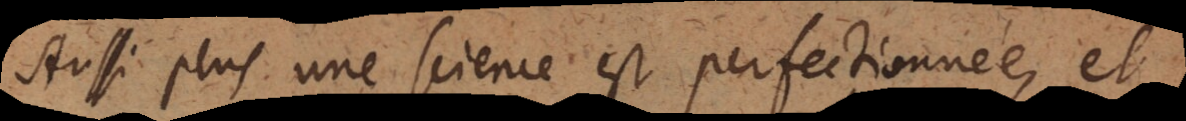
Aussi plus une science est perfectionnée, et